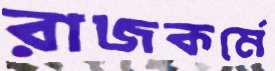
রাজকর্মে